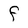
Character: f